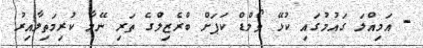
- އަމިއްލަ ގައުމުގައި ކުޅޭ ވޯލްޑް ކަޕަށް ބްރެޒިލްގެ ތަރި ނޭމާ ކުރިމަތިލާއިރު